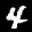
Label: 4